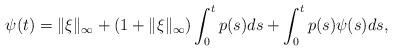
LaTeX: \begin{align*}\psi(t) = \|\xi\|_\infty + (1+\|\xi\|_\infty)\int_0^t p(s)ds + \int_0^t p(s)\psi(s)ds,\end{align*}